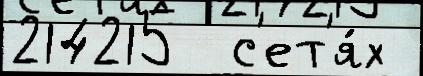
214215  с'ет'я́х